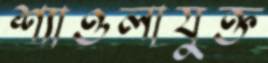
শ্যাওলাযুক্ত